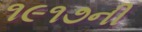
૧૯૧૭ની